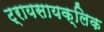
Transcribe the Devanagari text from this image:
ट्रायसायक्लिक